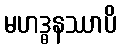
မဟဒ္ဓနဿာပိ